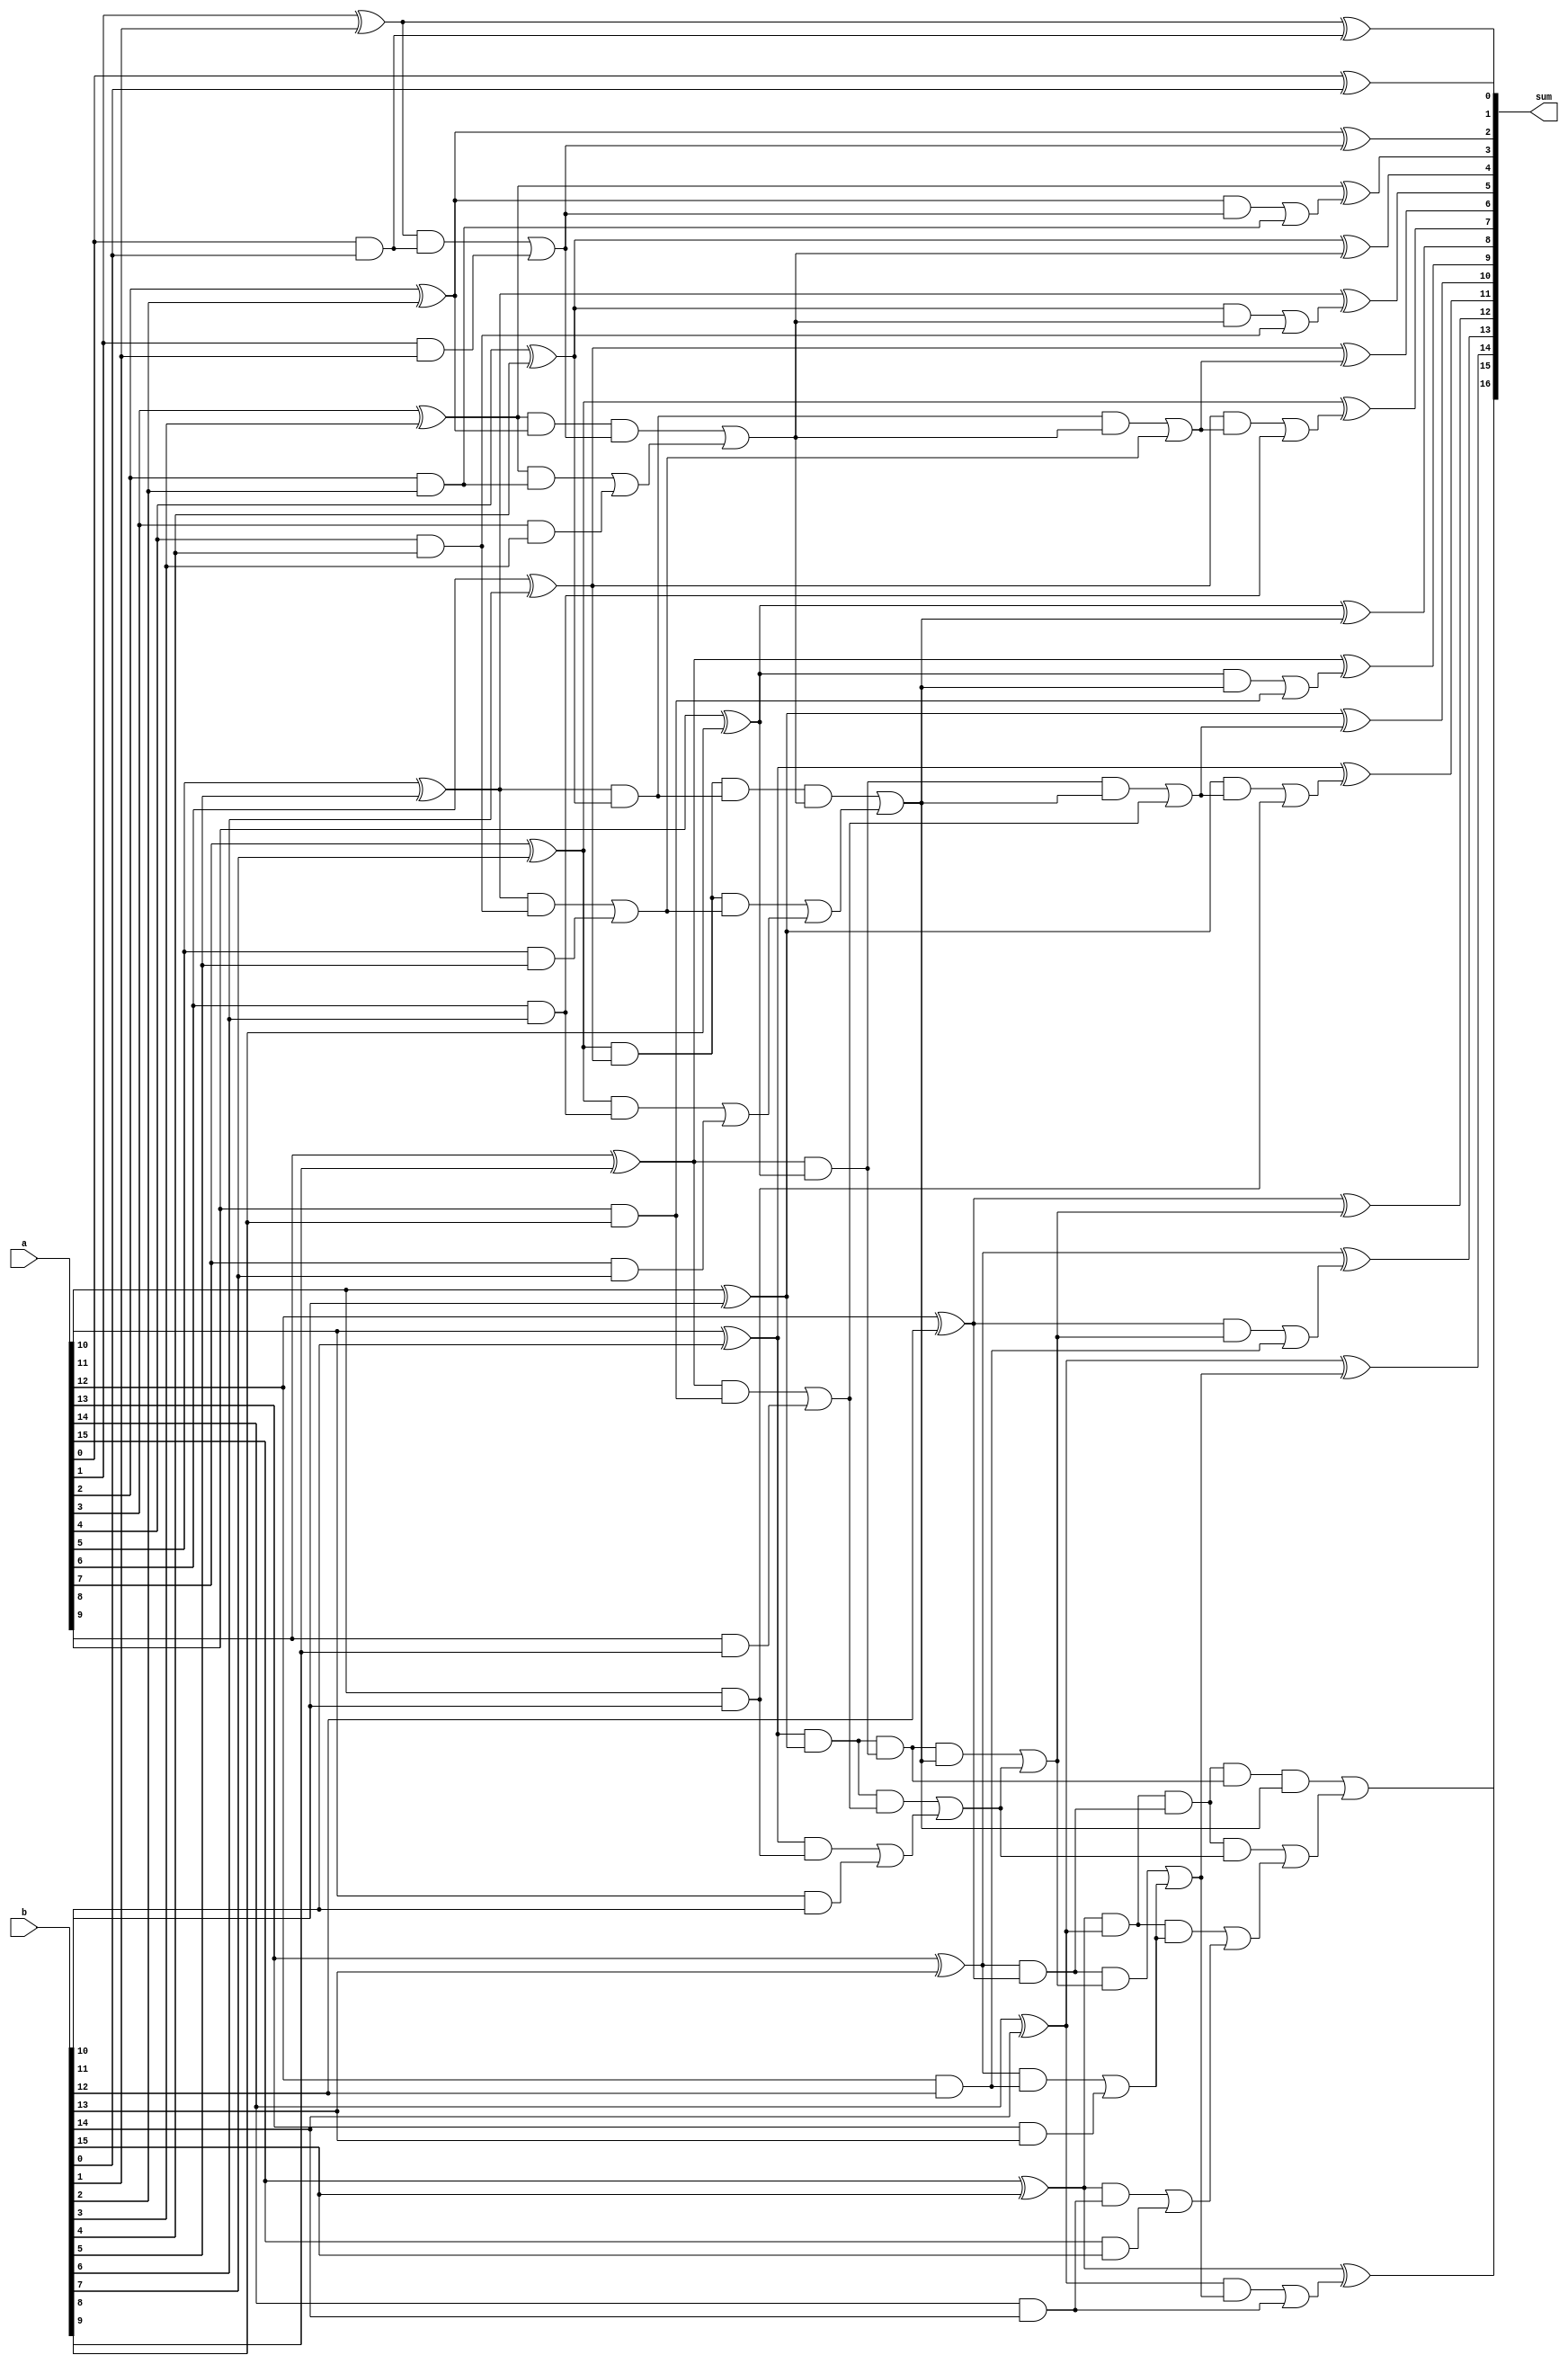
module BK_adder(
input [15:0] a,
input [15:0] b,
output [16:0] sum
);
wire [15:0] p;
wire [15:0] g;
wire [15:0] cp1;
wire [15:0] cg1;
wire cp23;
wire cg23;
wire cp27;
wire cg27;
wire cp211;
wire cg211;
wire cp215;
wire cg215;

wire cp37;
wire cg37;
wire cp315;
wire cg315;

wire cp411;
wire cg411;
wire cp415;
wire cg415;

wire cp55;
wire cg55;
wire cp59;
wire cg59;
wire cp513;
wire cg513;

wire cp62;
wire cg62;
wire cp64;
wire cg64;
wire cp66;
wire cg66;
wire cp68;
wire cg68;
wire cp610;
wire cg610;
wire cp612;
wire cg612;
wire cp614;
wire cg614;

wire [16:0] s;
// start fist level
assign p[0] = a[0] ^ b[0];//first level zero bit start
assign g[0] = a[0] & b[0];
assign cp1[0] = p[0];
assign cg1[0] = g[0]; //first level zero bit complete

assign p[1] = a[1] ^ b[1]; //first level first bit start
assign g[1] = a[1] & b[1];
assign cg1[1] = (p[1] & g[0])| g[1];
assign cp1[1] = p[1] & p[0]; // first level first bit complete

assign p[2] = a[2] ^ b[2]; //first level 2nd bit start
assign g[2] = a[2] & b[2];
assign cp1[2] = p[2];
assign cg1[2] = g[2]; // first level 2nd bit complete

assign p[3] = a[3] ^ b[3]; //first level 3rd bit start
assign g[3] = a[3] & b[3];
assign cg1[3] = (p[3] & g[2]) | g[3];
assign cp1[3] = p[3] & p[2]; //first level 3rd bit complete

assign p[4] = a[4] ^ b[4]; //first level 3rd bit start
assign g[4] = a[4] & b[4];
assign cg1[4] = g[4];
assign cp1[4] = p[4]; //first level 3rd bit complete

assign p[5] = a[5] ^ b[5]; //first level 3rd bit start
assign g[5] = a[5] & b[5];
assign cg1[5] = (p[5] & g[4]) | g[5];
assign cp1[5] = p[5] & p[4]; //first level 3rd bit complete

assign p[6] = a[6] ^ b[6]; //first level 3rd bit start
assign g[6] = a[6] & b[6];
assign cg1[6] = g[6];
assign cp1[6] = p[6]; //first level 3rd bit complete

assign p[7] = a[7] ^ b[7];
assign g[7] = a[7] & b[7];
assign cg1[7] = (p[7] & g[6]) | g[7];
assign cp1[7] = p[7] & p[6];

assign p[8] = a[8] ^ b[8];
assign g[8] = a[8] & b[8];
assign cg1[8] = g[8];
assign cp1[8] = p[8];

assign p[9] = a[9] ^ b[9];
assign g[9] = a[9] & b[9];
assign cg1[9] = (p[9] & g[8]) | g[9];
assign cp1[9] = p[9] & p[8];

assign p[10] = a[10] ^ b[10];
assign g[10] = a[10] & b[10];
assign cg1[10] = g[10];
assign cp1[10] = p[10];

assign p[11] = a[11] ^ b[11];
assign g[11] = a[11] & b[11];
assign cg1[11] = (p[11] & g[10]) | g[11];
assign cp1[11] = p[11] & p[10];

assign p[12] = a[12] ^ b[12];
assign g[12] = a[12] & b[12];
assign cg1[12] = g[12];
assign cp1[12] = p[12];

assign p[13] = a[13] ^ b[13];
assign g[13] = a[13] & b[13];
assign cg1[13] = (p[13] & g[12]) | g[13];
assign cp1[13] = p[13] & p[12];

assign p[14] = a[14] ^ b[14];
assign g[14] = a[14] & b[14];
assign cg1[14] = g[14];
assign cp1[14] = p[14];

assign p[15] = a[15] ^ b[15];
assign g[15] = a[15] & b[15];
assign cg1[15] = (p[15] & g[14]) | g[15];
assign cp1[15] = p[15] & p[14];


assign cg23 = (cp1[3] & cg1[1]) | cg1[3];
assign cp23 = cp1[3] & cp1[1];

assign cg27 = (cp1[7] & cg1[5]) | cg1[7];
assign cp27 = cp1[7] & cp1[5];

assign cg211 = (cp1[11] & cg1[9]) | cg1[11];
assign cp211 = cp1[11] & cp1[9];

assign cg215 = (cp1[15] & cg1[13]) | cg1[15];
assign cp215 = cp1[15] & cp1[13];


assign cg37 = (cp27 & cg23) | cg27;
assign cp37 = cp27 & cp23;

assign cg315 = (cp215 & cg211) | cg215;
assign cp315 = cp215 & cp211;


assign cg411 = (cp211 & cg37) | cg211;
assign cp411 = cp211 & cp37;
 
assign cg415 = (cp315 & cg37) | cg315;
assign cp415 = cp315 & cp37;

assign cg55 = (cp1[5] & cg23) | cg1[5];
assign cp55 = cp1[5] & cp23;
assign cg59 = (cp1[9] & cg37) | cg1[9];
assign cp59 = cp1[9] & cp37;
assign cg513 = (cp1[13] & cg411) | cg1[13];
assign cp513 = cp1[13] & cp411;


assign cp62 = cp1[2] & cp1[1];
assign cg62 = (cp1[2] & cg1[1]) | cg1[2];

assign cg64 = (cp1[4] & cg23) | cg1[4];
assign cp64 = cp1[4] & cp23;

assign cg66 = (cp1[6] & cg55) | cg1[6];
assign cp66 = cp1[6] & cp55;

assign cg68 = (cp1[8] & cg37) | cg1[8];
assign cp68 = cp1[8] & cp37;

assign cg610 = (cp1[10] & cg59) | cg1[10];
assign cp610 = cp1[10] & cp59;

assign cg612 = (cp1[12] & cg411) | cg1[12];
assign cp612 = cp1[12] & cp411;

assign cg614 = (cp1[14] & cg513) | cg1[14];
assign cp614 = cp1[14] & cp513;

assign s[0] = p[0];
assign s[1] = p[1] ^ cg1[0];
assign s[2] = p[2] ^ cg1[1];
assign s[3] = p[3] ^ cg62;
assign s[4] = p[4] ^ cg23;
assign s[5] = p[5] ^ cg64;
assign s[6] = p[6] ^ cg55;
assign s[7] = p[7] ^ cg66;
assign s[8] = p[8] ^ cg37;
assign s[9] = p[9] ^ cg68;
assign s[10] = p[10] ^ cg59;
assign s[11] = p[11] ^ cg610;
assign s[12] = p[12] ^ cg411;
assign s[13] = p[13] ^ cg612;
assign s[14] = p[14] ^ cg513;
assign s[15] = p[15] ^ cg614;
assign s[16] = cg415;
assign sum = {s[16:0]};

endmodule